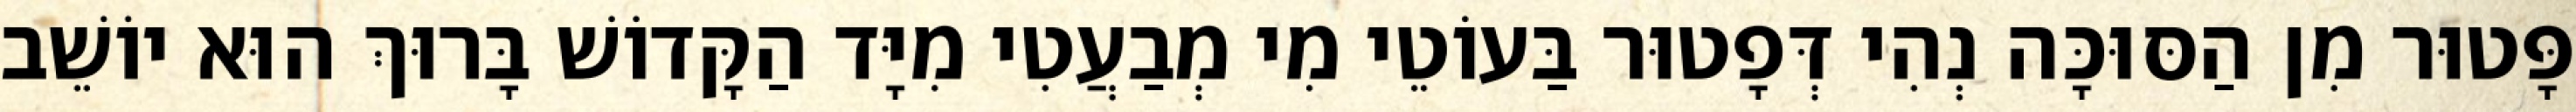
פָּטוּר מִן הַסּוּכָּה נְהִי דְּפָטוּר בַּעוֹטֵי מִי מְבַעֲטִי מִיָּד הַקָּדוֹשׁ בָּרוּךְ הוּא יוֹשֵׁב